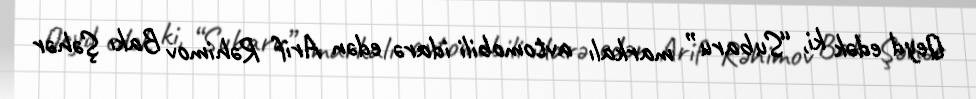
Qeyd edək ki, “Subaru” markalı avtomobili idarə edən Arif Rəhimov Bakı Şəhər